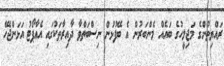
ރައްޔިތުންގެ މަޖިލީހުގެ ބައެއް މެންބަރުން އެ ބޭފުޅުން ނިސްބަތްވާ ދާއިރާތަކުގައި އެއާޕޯޓު އަޅަންޖެހޭ